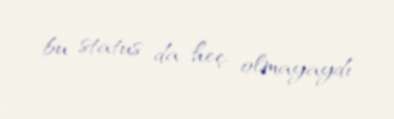
bu status da heç olmayaydı.